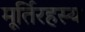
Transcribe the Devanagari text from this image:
मूर्तिरहस्य